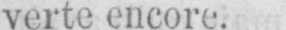
verte encore.